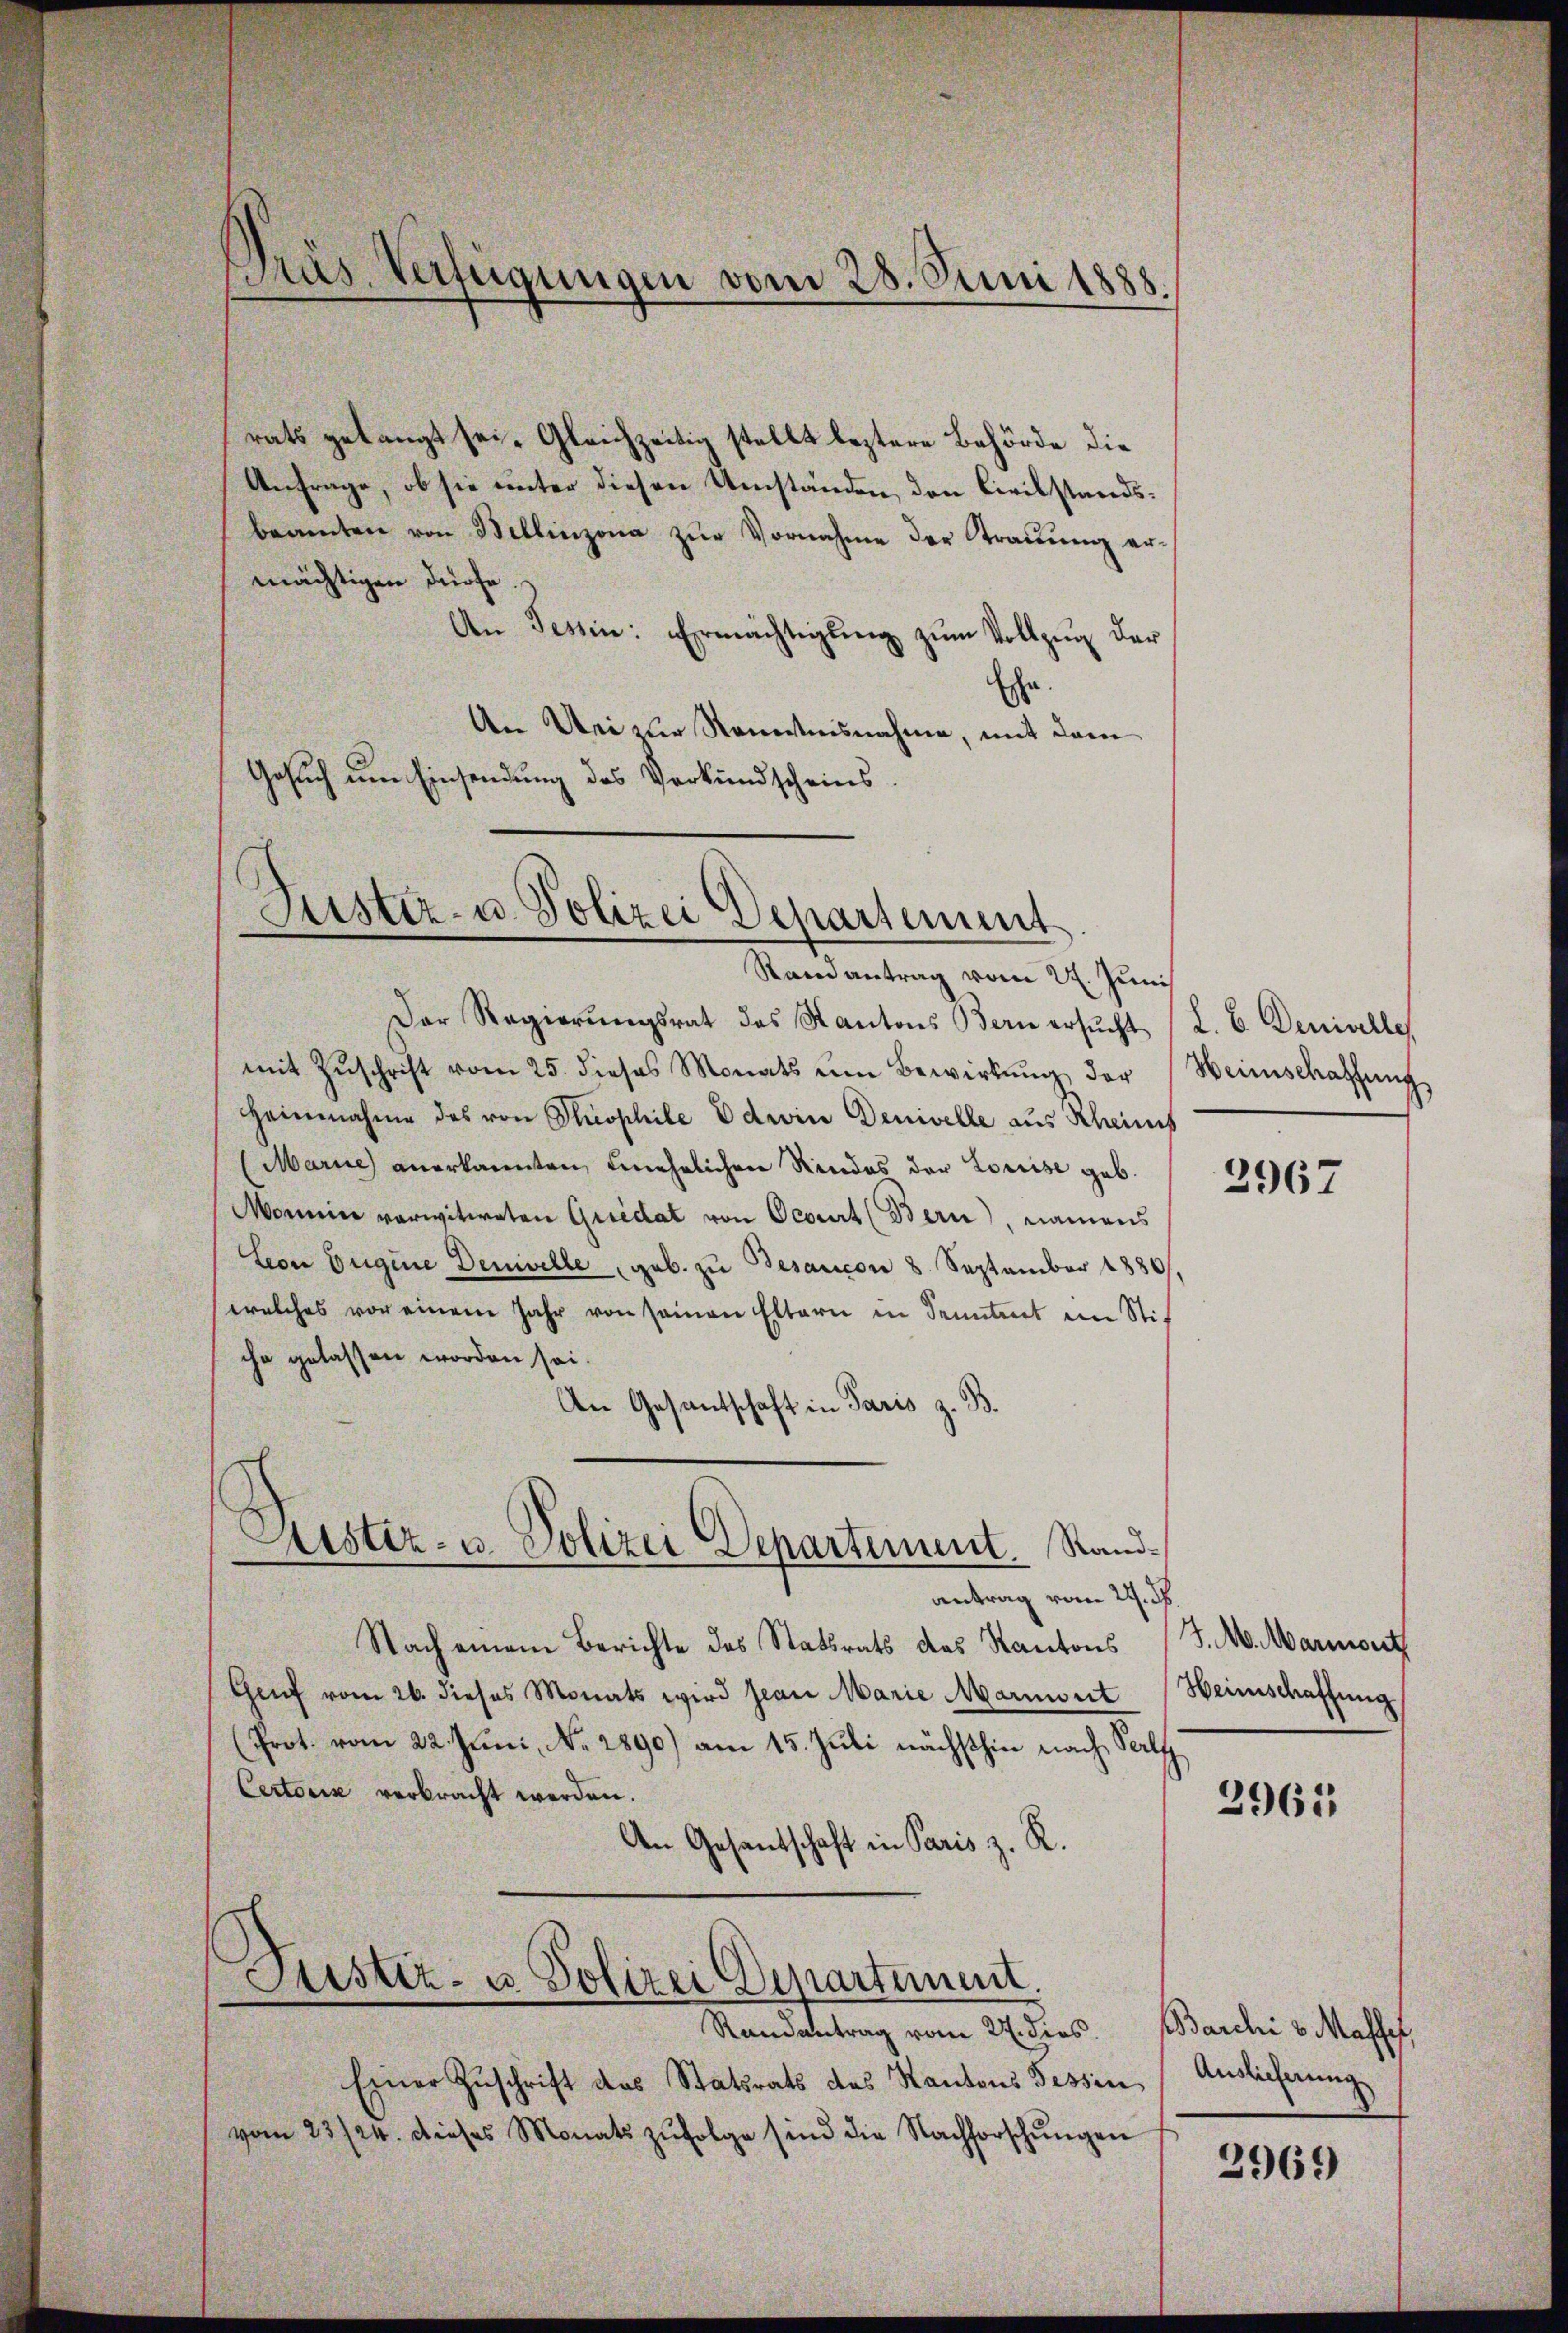
Pras Verfügungen vom 28. Juni 1885

rats gelangt sei. Gleichzeitig stellt leztere Behörde die
Anfrage, ob sie unter diesen Umständen, den Civilstandsbeamten von Bellinzona zur Vornahme der Trauung ermächtigen dürfe.
An Tessin: Ermächtigŭng zŭm Vollzŭg der
Ehe
An Uri zur Kenntnisnahme, mit dem
Gesuch um Einsendung des Verkundscheins

Fister- u. Polizei Departement
Randantrag vom 27. Juni

Der Regierŭngsrat des Kantons Bern ersŭcht (L. b. Denivelle
mit Zŭschrift vom 25. dieses Monats ŭm Bewirkŭng der
Heinnahme des von Theophile Edwin Denivelle aus Scheinis
Marie anerkannten, unehelichen Rindes der Louise geb.
Momine verwitweten Quidat von Ocourt (Bern, namens
Con Eugene Denivelle geb. zu Besaucon 8. September 1886.
welches vor einem Jahr von seinen Eltern in Sonntent im Stif
che gelassen worden sei.
An Gesantschaft in Paris z. B.
antrag vom 24. d.
Nach einem Berichte des Statsrats das Kantons
Genf vom 26. dieses Monats wird jean Marie Mariert
(Prot. vom 22. Juni, No. 2890) am 15. Juli nächsthin nach Salz
Certoris verbracht werden.
An Gesantschaft in Paris z. R.
Justiz- u. Polizei Departement.
Randantrag vom 27. dies. Barchi v. Masse,
Einer Zuschrift das Statsrats des Kantons Tessin
vom 23/24. dieses Monats zŭfolge sind die Nachforschŭngen

Aistiz- u. Polizei Departement. Stand¬

Weinschaffung

2967

J. M. Marmont
Heimschaffung

2965

Auslieferung

3969